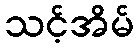
သင့်အိမ်